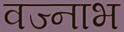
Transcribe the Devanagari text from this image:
वज्नाभ